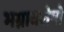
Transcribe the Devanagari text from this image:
भग्नावशेषो